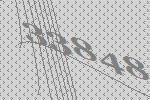
33848